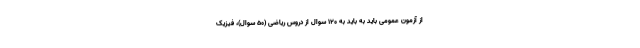
از آزمون عمومی باید به باید به ۱۲۰ سوال از دروس ریاضی (۵۰ سوال)، فیزیک